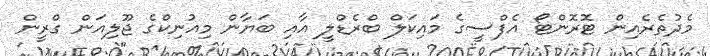
މެދުތެރެއިން ޓޮރޮންޓޯ އެފްސީގެ މައިކަލް ބްރެޑްލީ އާއި ބަޔާން މިއުނިކްގެ ޖޫލިއަން ގްރީން